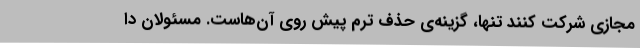
مجازی شرکت کنند تنها، گزینه‌ی حذف ترم پیش روی آن‌هاست. مسئولان دا